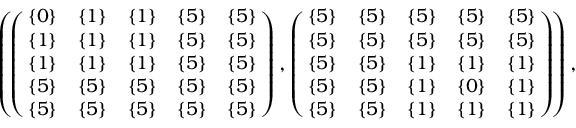
\begin{array} { r } { \small { \left( \! \left( \! \! \begin{array} { c c c c c } { \{ 0 \} } & { \{ 1 \} } & { \{ 1 \} } & { \{ 5 \} } & { \{ 5 \} } \\ { \{ 1 \} } & { \{ 1 \} } & { \{ 1 \} } & { \{ 5 \} } & { \{ 5 \} } \\ { \{ 1 \} } & { \{ 1 \} } & { \{ 1 \} } & { \{ 5 \} } & { \{ 5 \} } \\ { \{ 5 \} } & { \{ 5 \} } & { \{ 5 \} } & { \{ 5 \} } & { \{ 5 \} } \\ { \{ 5 \} } & { \{ 5 \} } & { \{ 5 \} } & { \{ 5 \} } & { \{ 5 \} } \end{array} \! \! \right) , \left( \! \! \begin{array} { c c c c c } { \{ 5 \} } & { \{ 5 \} } & { \{ 5 \} } & { \{ 5 \} } & { \{ 5 \} } \\ { \{ 5 \} } & { \{ 5 \} } & { \{ 5 \} } & { \{ 5 \} } & { \{ 5 \} } \\ { \{ 5 \} } & { \{ 5 \} } & { \{ 1 \} } & { \{ 1 \} } & { \{ 1 \} } \\ { \{ 5 \} } & { \{ 5 \} } & { \{ 1 \} } & { \{ 0 \} } & { \{ 1 \} } \\ { \{ 5 \} } & { \{ 5 \} } & { \{ 1 \} } & { \{ 1 \} } & { \{ 1 \} } \end{array} \! \! \right) \! \right) , } } \end{array}